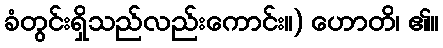
ခံတွင်းရှိသည်လည်းကောင်း။) ဟောတိ၊ ၏။